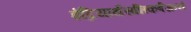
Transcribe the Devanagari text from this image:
इंद्रियार्थसन्निकर्षजन्यं